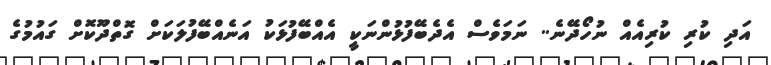
އަދި ކުރި ކުރިއެއް ނުހޯދޭނެ.. ނަމަވެސް އެދެބޭފުޅުންނަކީ އެއްބޭފުޅަކު އަނެއްބޭފުލަކަށް ގޮތްދޫކޮށް ގައުމުގެ